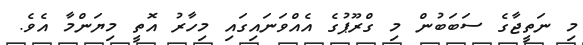
މި ނަތީޖާގެ ސަބަބުން މި ގްރޫޕުގެ އެއްވަނައިގައި މިހާރު އޮތީ މިޔަންމާ އެވެ.